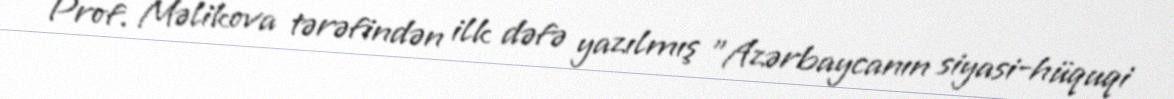
Prof. Məlikova tərəfindən ilk dəfə yazılmış "Azərbaycanın siyasi-hüquqi